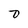
Character: D